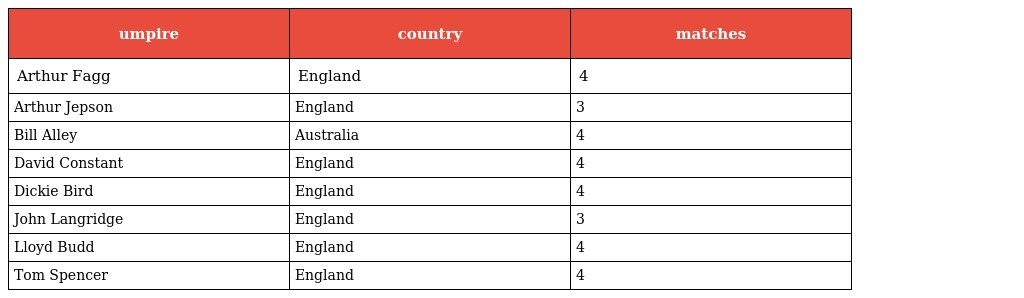
| umpire | country | matches |
 | --- | --- | --- |
 | Arthur Fagg | England | 4 |
 | Arthur Jepson | England | 3 |
 | Bill Alley | Australia | 4 |
 | David Constant | England | 4 |
 | Dickie Bird | England | 4 |
 | John Langridge | England | 3 |
 | Lloyd Budd | England | 4 |
 | Tom Spencer | England | 4 |